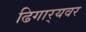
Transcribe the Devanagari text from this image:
ढिगार्‍यवर